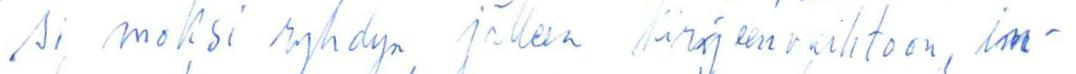
si vuoksi ryhdyn jälleen kirjeenvaihtoon, in-